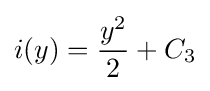
i(y)={y^{2} \over 2}+C_{3}